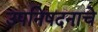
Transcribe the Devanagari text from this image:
उपनिषदनाचे